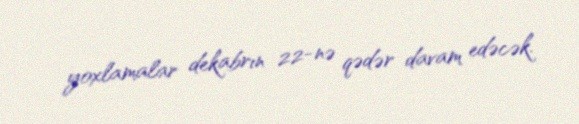
yoxlamalar dekabrın 22-nə qədər davam edəcək.